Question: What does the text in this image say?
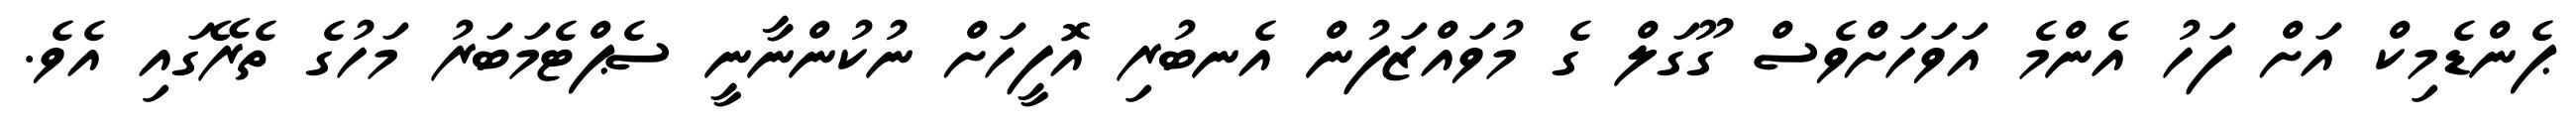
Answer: ޕެންޑެމިކް އަށް ފަހު އެންމެ އަވަހަށްވެސް ގޫގަލް ގެ މުވައްޒަފުން އެނބުރި އޮފީހަށް ނުކުންނާނީ ސެޕްޓެމަބަރު މަހުގެ ތެރޭގައި އެވެ.